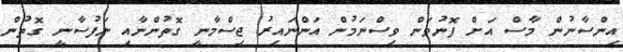
އިންސާނުން މާސް އަށް ފޮނުވަން ވިސްނަމުން އަންނައިރު ޖިސްމާނީ ގޮތުންނާއި ނަފުސާނީ ގޮތުން